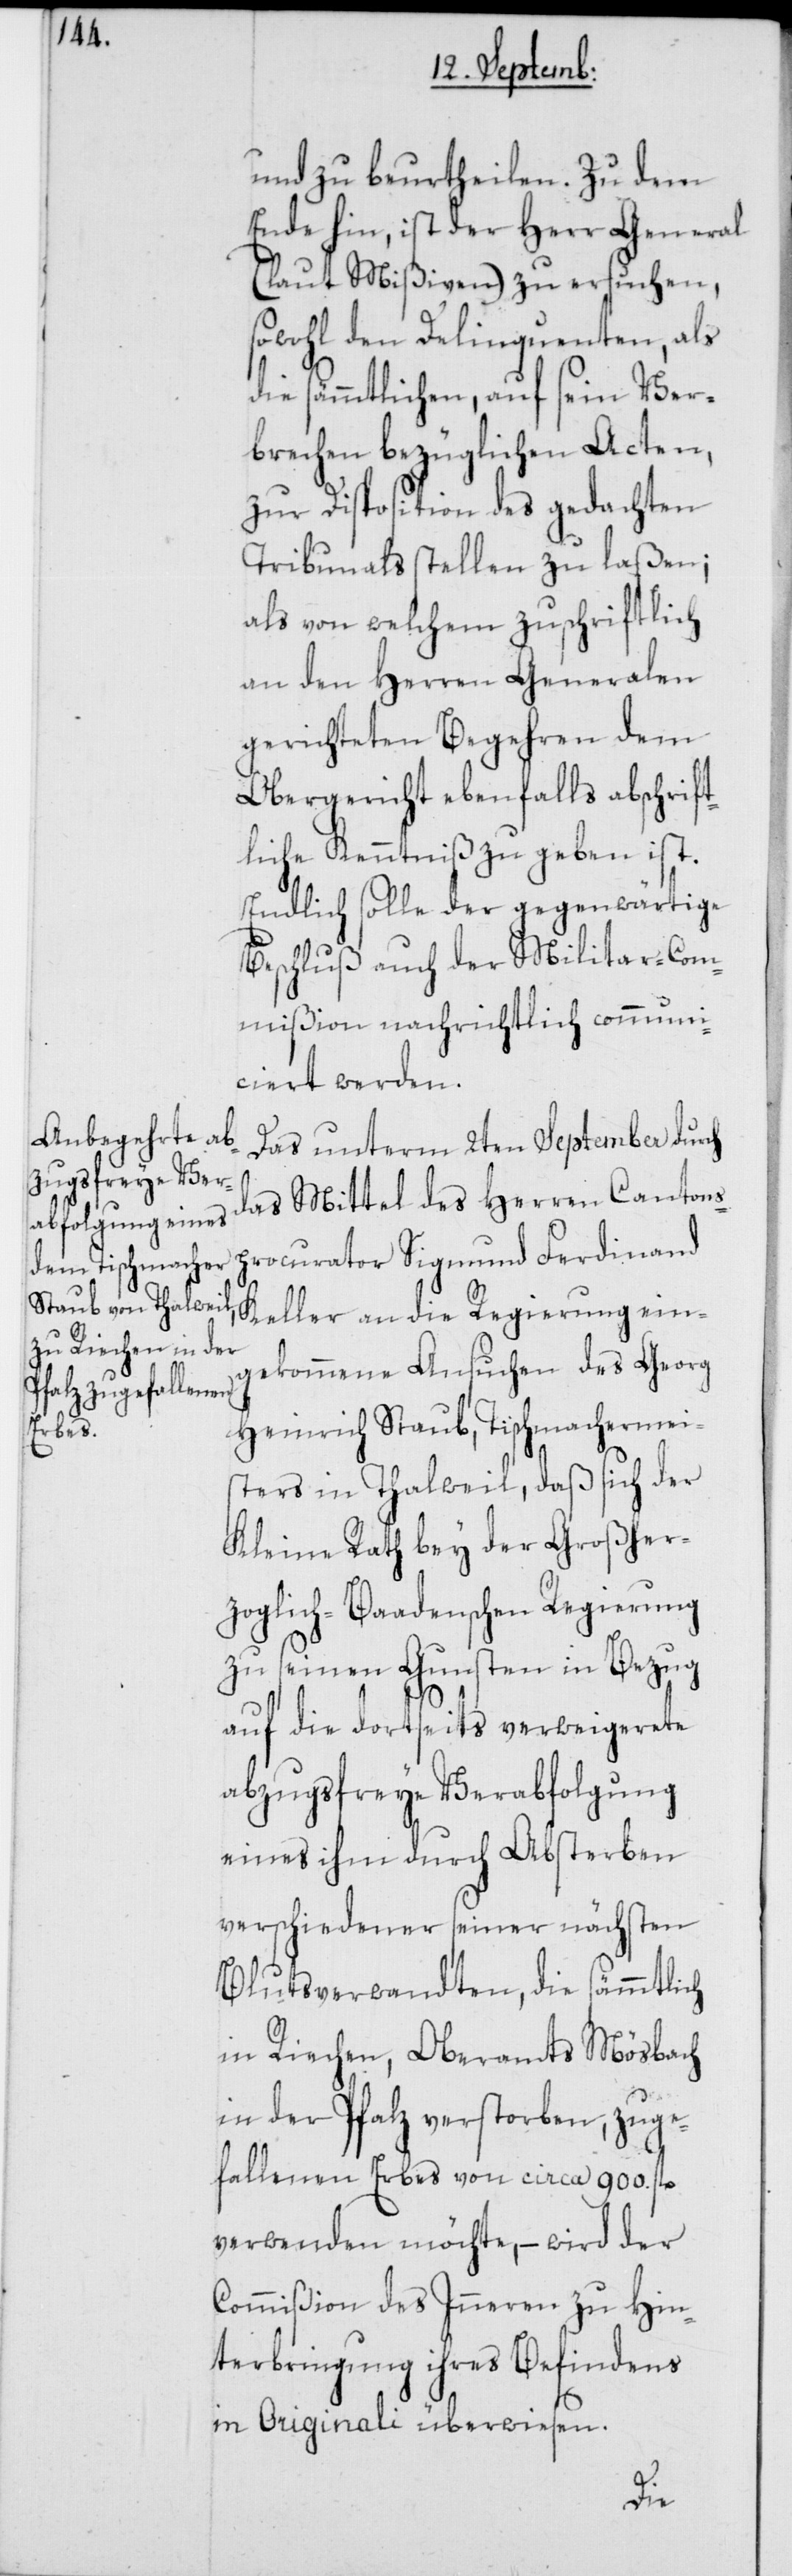
und zu beurtheilen. Zu dem
Ende hin, ist der Herr General
(laut Mißiven) zu ersuchen,
sowohl den Delinquenten, als
die sämmtlichen, auf sein Ver¬
brechen bezüglichen Acten,
zur Disposition des gedachten
Tribunals stellen zu laßen;
als von welchem zuschriftlich
an den Herren Generalen
gerichteten Begehren dem
Obergericht ebenfalls abschrift¬
liche Kenntniß zu geben ist.
Endlich solle der gegenwärtige
Beschluß auch der Militar-Com¬
mißion nachrichtlich communi¬
ciert werden.
Das unterm 2ten September durch
das Mittel des Herren Cantons¬
procurator Sigmund Ferdinand
Keller an die Regierung ein¬
gekommene Ansuchen des Georg
Heinrich Staub, Tischmachermei¬
sters in Thalweil, daß sich der
Kleine Rath bey der Großher¬
zoglich-Baadenschen Regierung
zu seinen Gunsten in Bezug
auf die dortseits verweigerete
abzugsfreye Verabfolgung
eines ihm durch Absterben
verschiedener seiner nächsten
Blutsverwandten, die sämmtlich
in Riechen, Oberamts Mösbach
in der Pfalz verstorben, zuge¬
fallenen Erbes von circa 900. fl.
verwenden möchte, – wird der
Commißion des Inneren zu Hin¬
terbringung ihres Befindens
in Originali überwiesen.